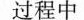
过程中